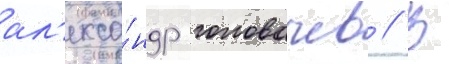
ал'екса́ндр головачев // В